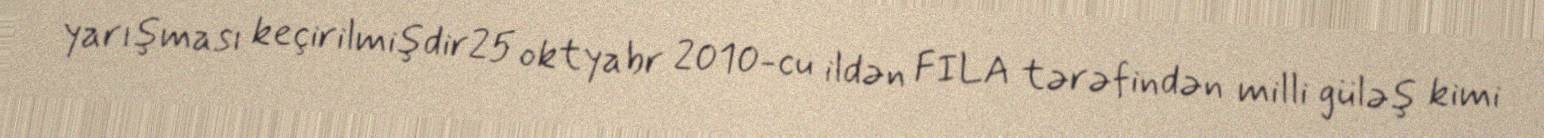
yarışması keçirilmişdir25 oktyabr 2010-cu ildən FILA tərəfindən milli güləş kimi